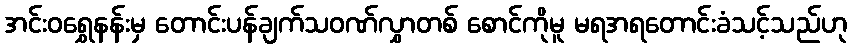
အင်းဝရွှေနန်းမှ တောင်းပန်ချက်သဝဏ်လွှာတစ် စောင်ကိုမူ မရအရတောင်းခံသင့်သည်ဟု